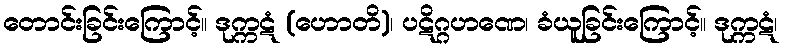
တောင်းခြင်းကြောင့်။ ဒုက္ကဋံ (ဟောတိ)၊ ပဋိဂ္ဂဟဏေ၊ ခံယူခြင်းကြောင့်။ ဒုက္ကဋံ၊